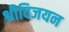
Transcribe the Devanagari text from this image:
श्रीविजयन